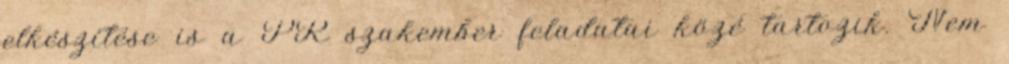
elkészítése is a PR szakember feladatai közé tartozik. Nem